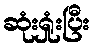
ဆုံးရှုံးပြီး